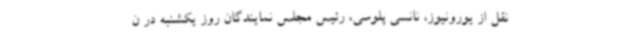
نقل از یورونیوز، نانسی پلوسی، رئیس مجلس نمایندگان روز یکشنبه در ن